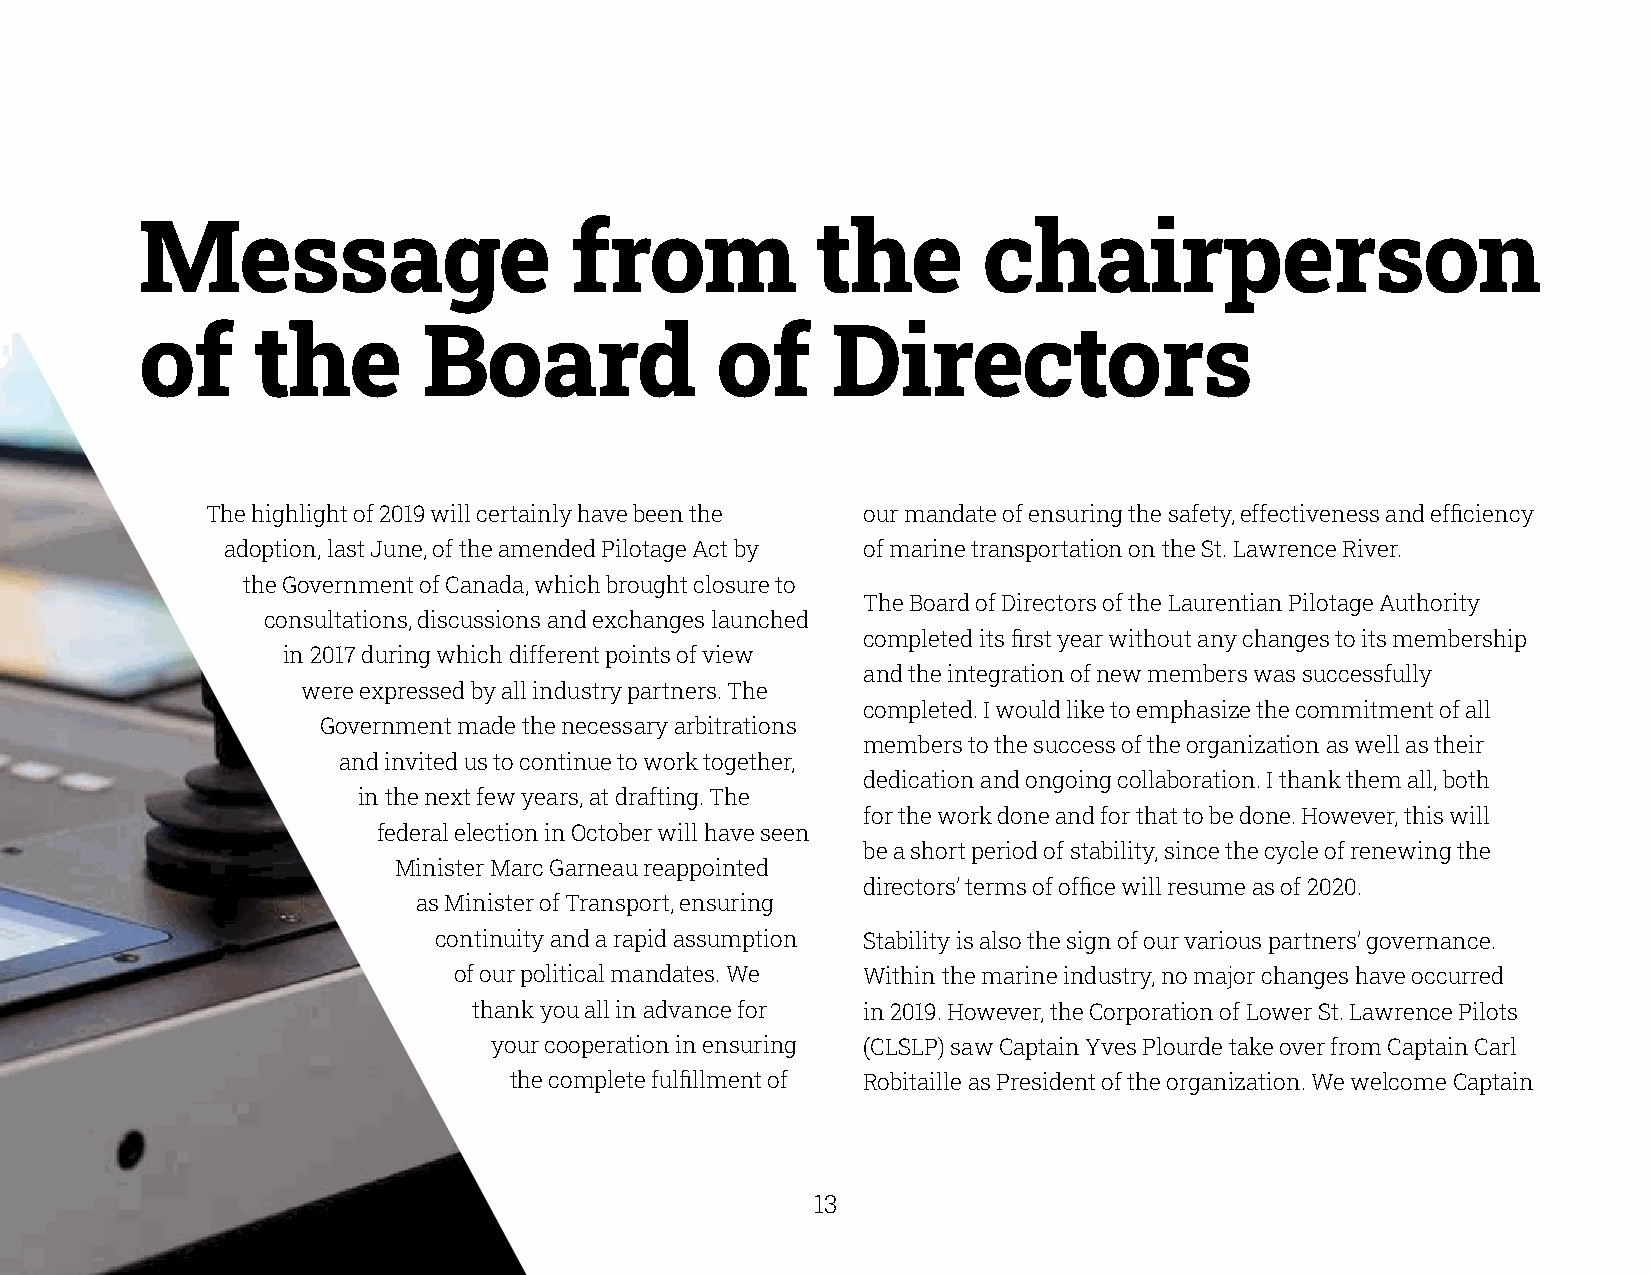
Message                      from            the        chairperson
 of      the        Board              of      Directors
 The highlight of 2019 will certainly have been the our mandate of ensuring the safety, effectiveness and efficiency
 adoption, last June, of the amended Pilotage Act by of marine transportation on the St. Lawrence River.
 the Government of Canada, which brought closure to
 The Board of Directors of the Laurentian Pilotage Authority
 consultations, discussions and exchanges launched
 completed its first year without any changes to its membership
 in 2017 during which different points of view
 and the integration of new members was successfully
 were expressed by all industry partners. The
 completed. I would like to emphasize the commitment of all
 Government made the necessary arbitrations
 members to the success of the organization as well as their
 and invited us to continue to work together,
 dedication and ongoing collaboration. I thank them all, both
 in the next few years, at drafting. The
 for the work done and for that to be done. However, this will
 federal election in October will have seen
 be a short period of stability, since the cycle of renewing the
 Minister Marc Garneau reappointed
 directors’ terms of office will resume as of 2020.
 as Minister of Transport, ensuring
 continuity and a rapid assumption Stability is also the sign of our various partners’ governance.
 of our political mandates. We Within the marine industry, no major changes have occurred
 thank you all in advance for in 2019. However, the Corporation of Lower St. Lawrence Pilots
 your cooperation in ensuring (CLSLP) saw Captain Yves Plourde take over from Captain Carl
 the complete fulfillment of Robitaille as President of the organization. We welcome Captain
 12                                                    13